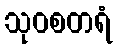
သုဝစတရံ